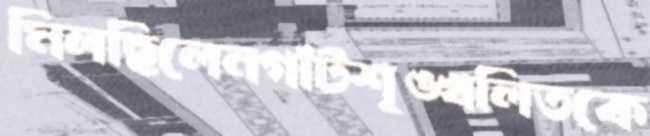
মিলছিলেনগাঁটশৃঙ্খলিতকে